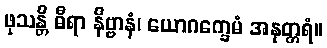
ဖုသန္တိ ဓီရာ နိဗ္ဗာနံ၊ ယောဂက္ခေမံ အနုတ္တရံ။